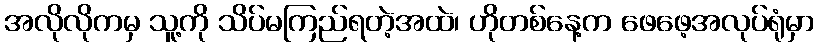
အလိုလိုကမှ သူ့ကို သိပ်မကြည်ရတဲ့အထဲ၊ ဟိုတစ်နေ့က ဖေဖေ့အလုပ်ရုံမှာ